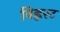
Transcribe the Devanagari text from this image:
विह्लस्ट